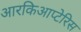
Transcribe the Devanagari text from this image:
आरकिआप्टेरिस